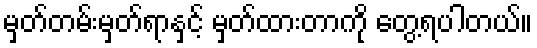
မှတ်တမ်းမှတ်ရာနှင့် မှတ်ထားတာကို တွေ့ရပါတယ်။